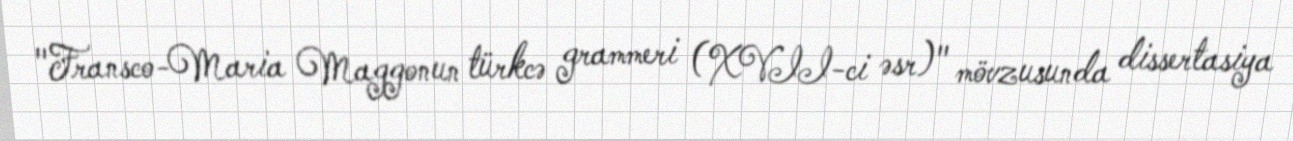
"Fransco-Maria Maggonun türkcə grammeri (XVII-ci əsr)" mövzusunda dissertasiya